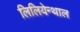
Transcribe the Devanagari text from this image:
लिलियेन्थाल